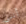
أنني